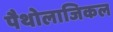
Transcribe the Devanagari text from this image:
पैथोलाजिकल